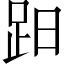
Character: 𧿭